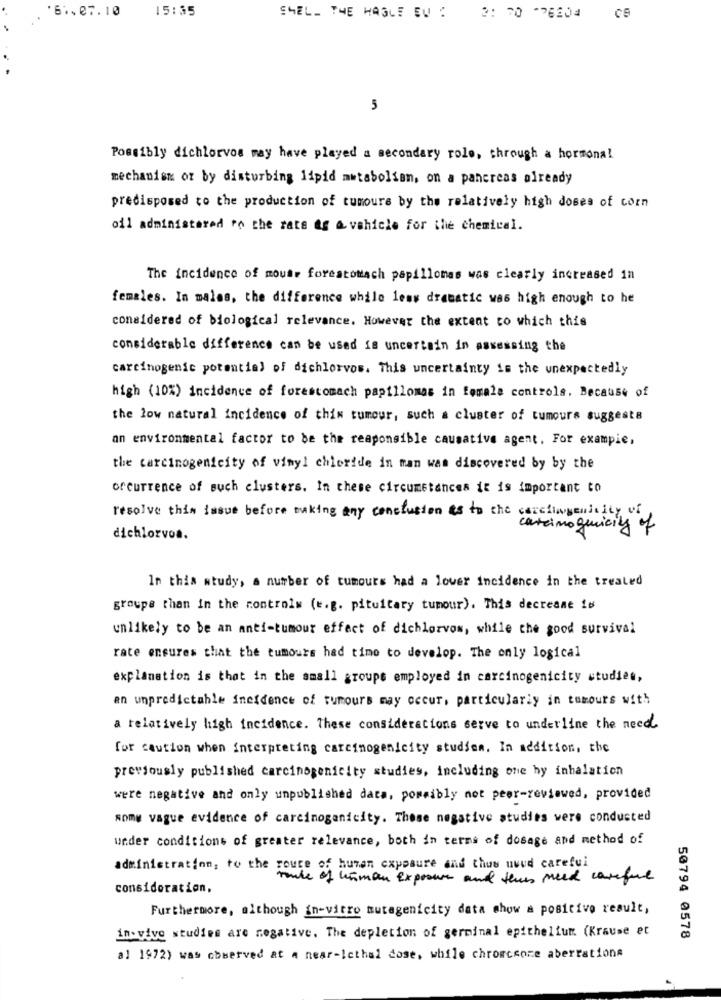
'6.07.10
15:35
SHELL THE HAGLE EU C : 70 -76404
5
Possibly dichlorvos may have played a secondary rolo, through a hormona!
mechanism or by disturbing lipid metabolian, on a pancreas already
predisposed to the production of tumours by the relatively high doses of corn
oil administered ro the rate of a vehicle for the chemical.
The incidence of mouse forestomach papillomas was clearly increased in
females. In malas, the difference while less dramatic was high enough to he
considered of biological relevance. However the extent to which this
considerable difference can be used is uncertain in assessing the
carcinogenic potential of dichlorvos. This uncertainty is the unexpectedly
high (10%) incidence of forestomach papillomas in female controls. Because of
the low natural incidence of this tumour, such a cluster of tumours suggests
an environmental factor to be the responsible causative agent. For example,
the carcinogenicity of vinyl chloride in man was discovered by by the
occurrence of such clusters. In these circumstances it is important to
resolve this issue before making any conclusion as to the carcinogenicity of
carcinoquicity of
dichlorvos.
In this study, a number of tumours had a lower incidence in the treated
groupe than in the controls (e.g. pituitary tumour). This decrease 16
unlikely to be an anti-tumour effect of dichlorvos, while the good survival
rate ensures that the tumours had time to develop. The only logical
explanation is that in the small groupe employed in carcinogenicity studies,
an unpredictable incidence of tumours may occur, particularly in tumours with
a relatively high incidence. These considerations serve to underline the need.
for caution when interpreting carcinogenicity studien. In addition, the
previously published carcinogenicity studies, including one hy inhalation
were negative and only unpublished data, possibly not peer-reviewed, provided
some vague evidence of carcinoganicity. These negative studies were conducted
under conditions of greater relevance, both in terms of dosage and method of
administration, to the route of human exposure and thus uved careful
monde of hisman exposure and the need careful
consideration,
Furthermore, although in-vitro mutagenicity data show a positive result,
in-vivo studies are negative. The depletion of germinal epithelium (Krause et
50794 0578
al 1972) was observed at a near-lethal dose, while chromccore aberrations